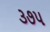
૩૭૫